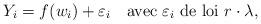
LaTeX: \begin{align*}Y_{i}=f(w_{i})+\varepsilon_{i}\quad\mbox{avec }\varepsilon_{i}\mbox{ de loi }r\cdot\lambda,\end{align*}